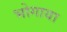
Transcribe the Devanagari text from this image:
भोगाया